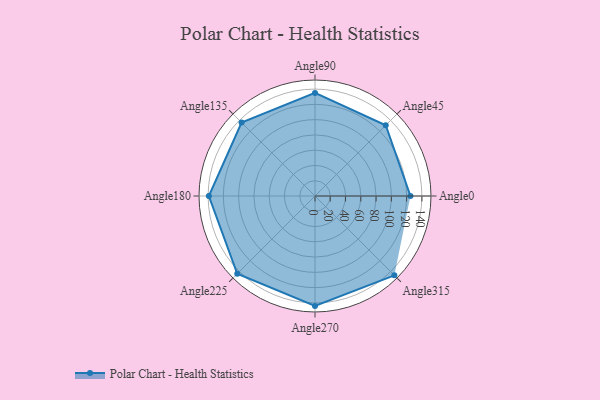
{"axis": {"x": "Angle", "y": "Radius"}, "legend": [""], "data": [{"x": "Angle0", "y": 125.0, "type": ""}, {"x": "Angle45", "y": 131.0, "type": ""}, {"x": "Angle90", "y": 135.0, "type": ""}, {"x": "Angle135", "y": 136.0, "type": ""}, {"x": "Angle180", "y": 139.0, "type": ""}, {"x": "Angle225", "y": 144.0, "type": ""}, {"x": "Angle270", "y": 144.0, "type": ""}, {"x": "Angle315", "y": 147.0, "type": ""}]}